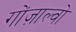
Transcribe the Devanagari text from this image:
गोंज़ाल्वो